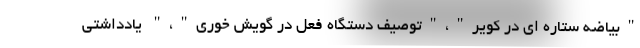
"بیاضه ستاره ای در کویر"،"توصیف دستگاه فعل در گویش خوری"،" یادداشتی